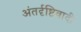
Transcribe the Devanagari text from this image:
अंतर्दृष्टिवादी